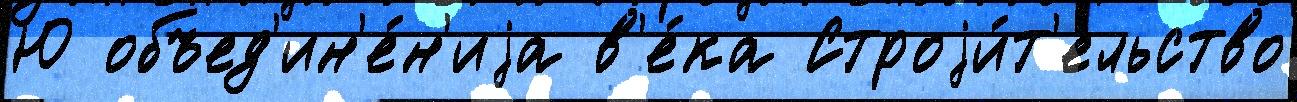
Ю объед'ин'е́н'иjа в'е́ка Строjи́т'ельство